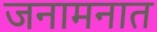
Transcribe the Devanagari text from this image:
जनामनात